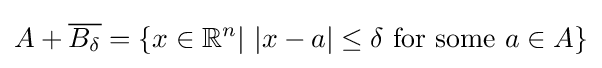
A+{\overline {B_{\delta }}}=\left\{x\in \mathbb {R} ^{n}{\mathrel {|}}\ {\mathopen {|}}x-a{\mathclose {|}}\leq \delta {\mbox{ for some }}a\in A\right\}